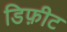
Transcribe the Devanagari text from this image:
डिफ़ीट